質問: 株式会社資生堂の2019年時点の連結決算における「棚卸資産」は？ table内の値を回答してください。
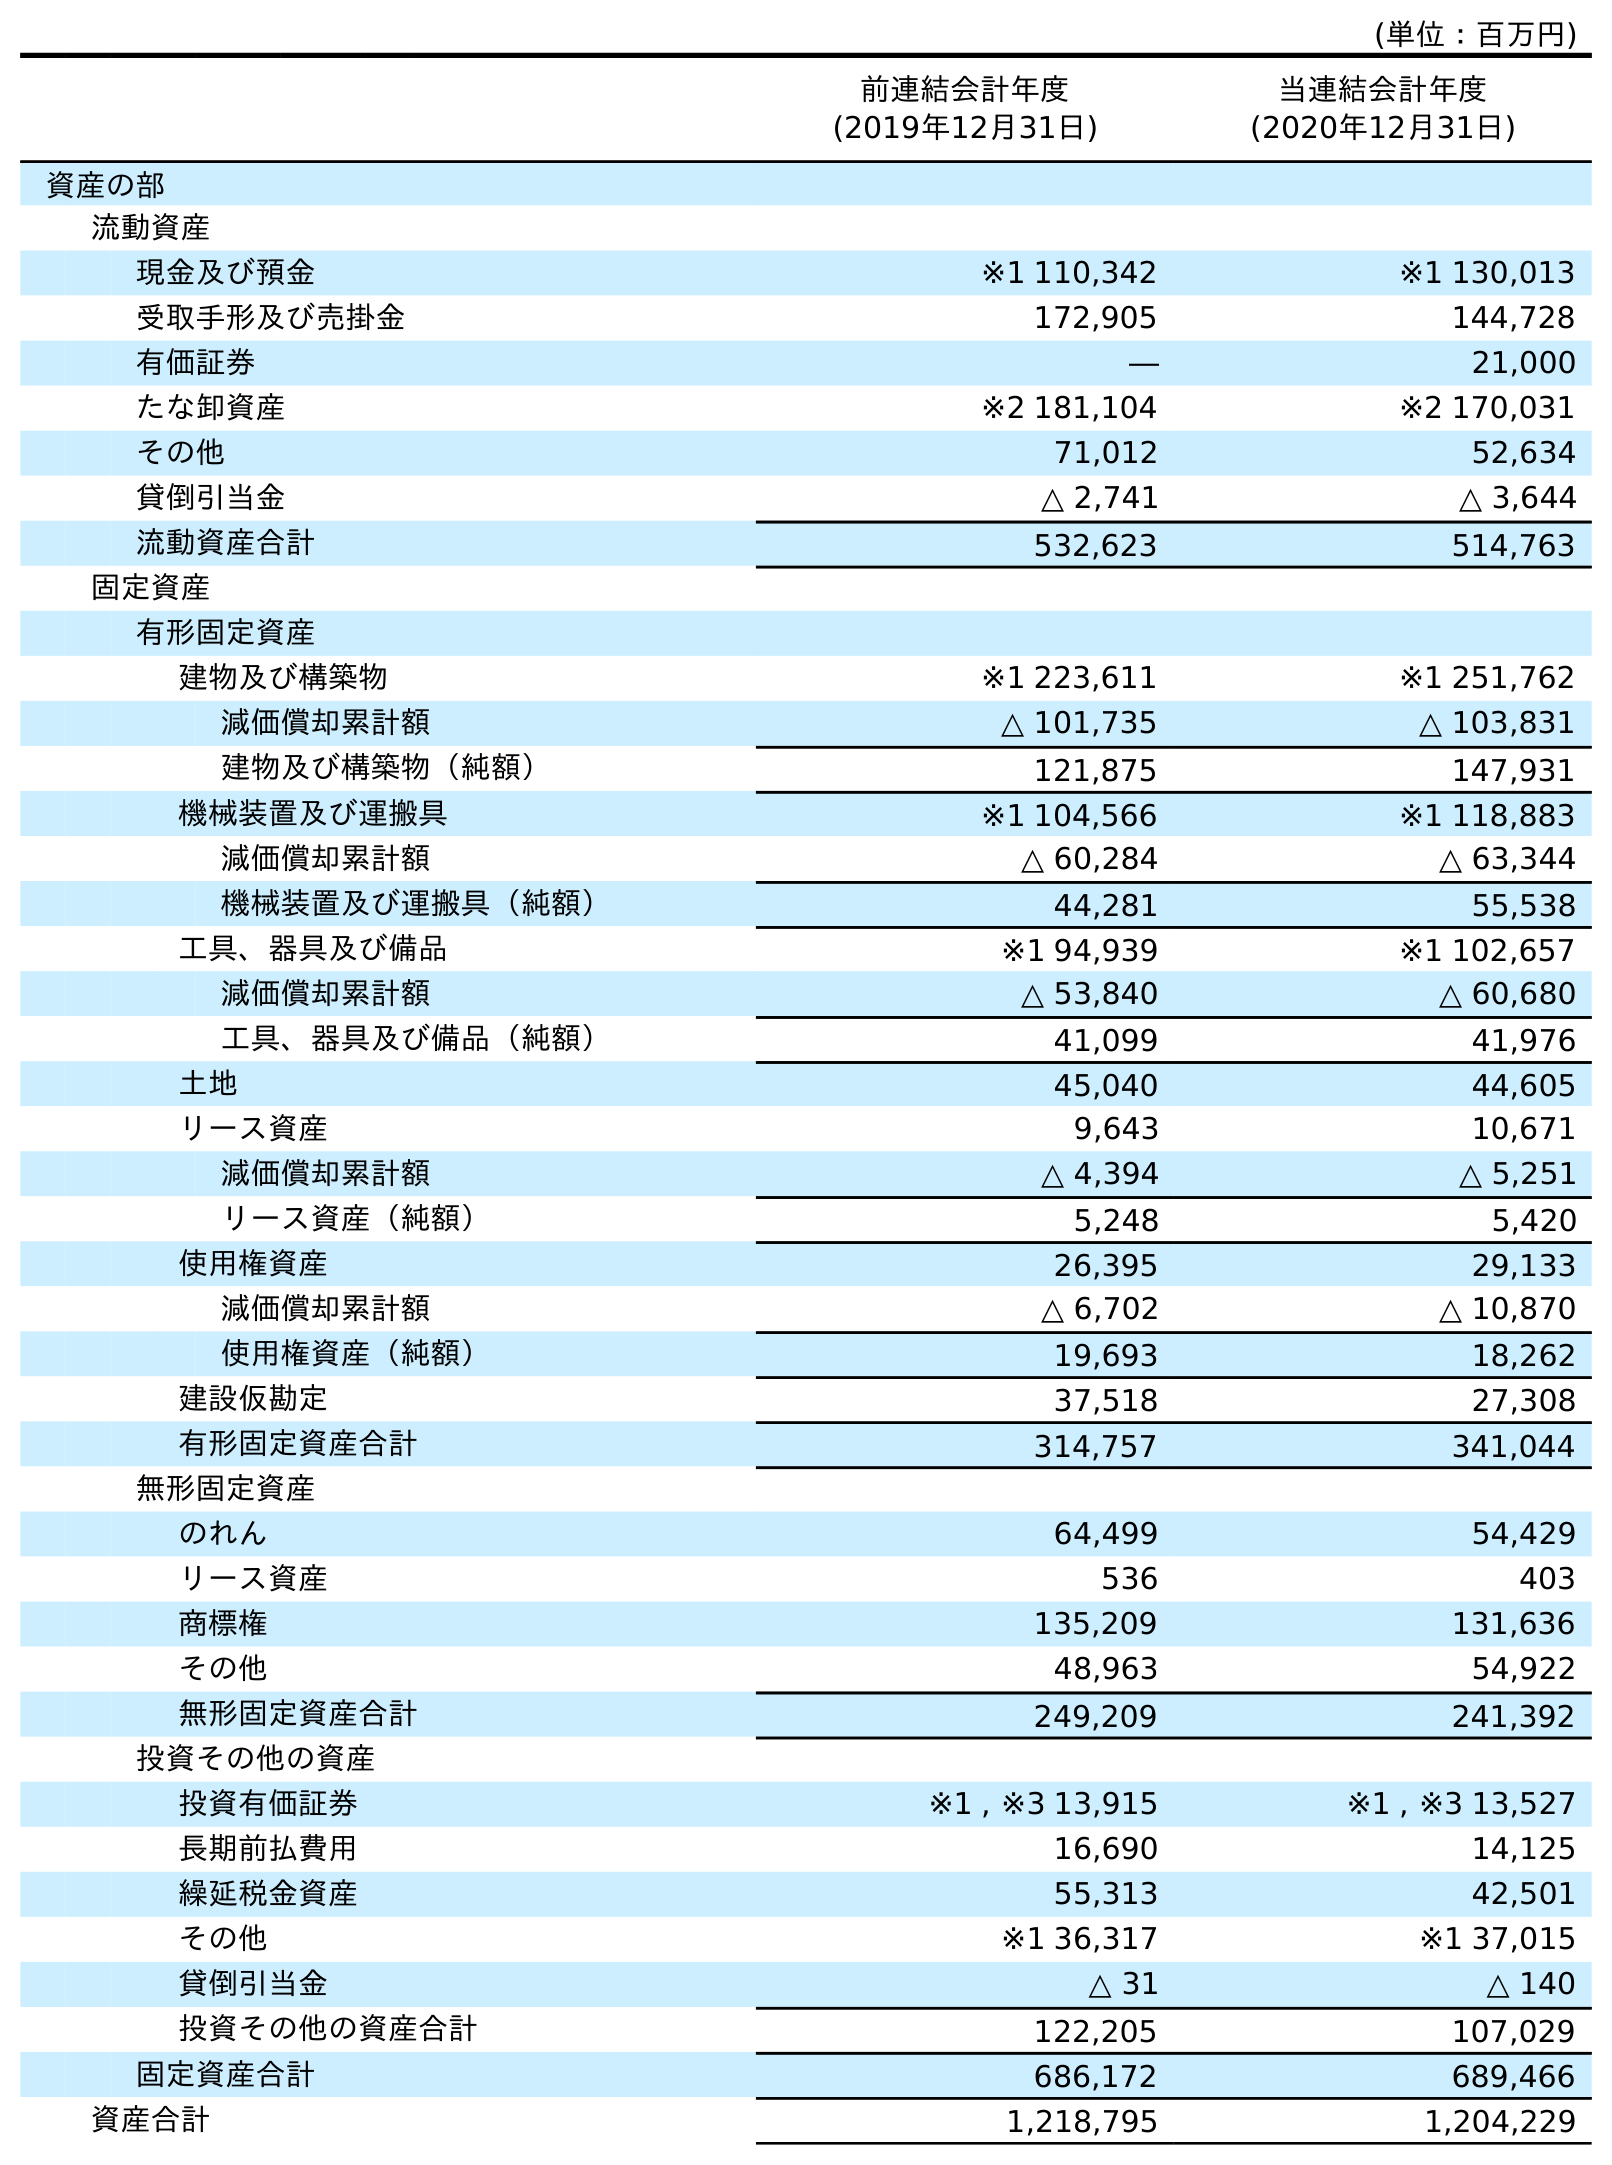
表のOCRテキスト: (単位：百万円) 前連結会計年度 (2019年12月31日) 当連結会計年度 (2020年12月31日) 資産の部 流動資産 現金及び預金 ※1 110,342 ※1 130,013 受取手形及び売掛金 172,905 144,728 有価証券 ― 21,000 たな卸資産 ※2 181,104 ※2 170,031 その他 71,012 52,634 貸倒引当金 △ 2,741 △ 3,644 流動資産合計 532,623 514,763 固定資産 有形固定資産 建物及び構築物 ※1 223,611 ※1 251,762 減価償却累計額 △ 101,735 △ 103,831 建物及び構築物（純額） 121,875 147,931 機械装置及び運搬具 ※1 104,566 ※1 118,883 減価償却累計額 △ 60,284 △ 63,344 機械装置及び運搬具（純額） 44,281 55,538 工具、器具及び備品 ※1 94,939 ※1 102,657 減価償却累計額 △ 53,840 △ 60,680 工具、器具及び備品（純額） 41,099 41,976 土地 45,040 44,605 リース資産 9,643 10,671 減価償却累計額 △ 4,394 △ 5,251 リース資産（純額） 5,248 5,420 使用権資産 26,395 29,133 減価償却累計額 △ 6,702 △ 10,870 使用権資産（純額） 19,693 18,262 建設仮勘定 37,518 27,308 有形固定資産合計 314,757 341,044 無形固定資産 のれん 64,499 54,429 リース資産 536 403 商標権 135,209 131,636 その他 48,963 54,922 無形固定資産合計 249,209 241,392 投資その他の資産 投資有価証券 ※1 , ※3 13,915 ※1 , ※3 13,527 長期前払費用 16,690 14,125 繰延税金資産 55,313 42,501 その他 ※1 36,317 ※1 37,015 貸倒引当金 △ 31 △ 140 投資その他の資産合計 122,205 107,029 固定資産合計 686,172 689,466 資産合計 1,218,795 1,204,229
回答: ※2181,104